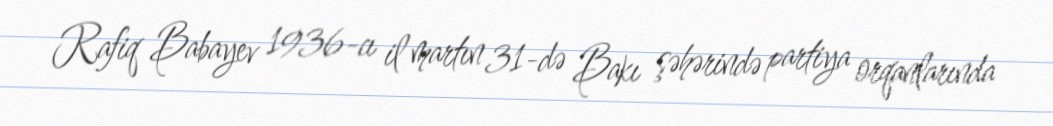
Rafiq Babayev 1936-cı il martın 31-də Bakı şəhərində partiya orqanlarında